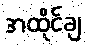
အထိုင်ချ